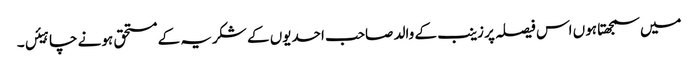
میں سمجھتا ہوں اس فیصلہ پر زینب کے والد صاحب احدیوں کے شکریہ کے مستحق ہونے چاہیئں۔